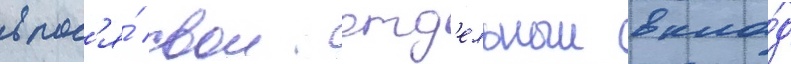
внос'я́ свои отд'ельныи вкла́д